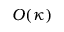
O ( \kappa )